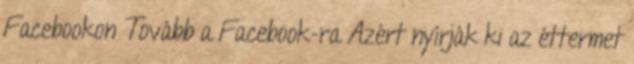
Facebookon Tovább a Facebook-ra Azért nyírják ki az éttermet